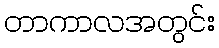
တာကာလအတွင်း